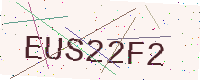
Text: EUS22F2